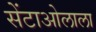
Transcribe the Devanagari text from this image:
सेंटाओलाला